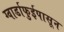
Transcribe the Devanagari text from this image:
ग्वार्डाफुईपासून